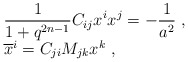
\begin{align*}\begin{array}{l}\displaystyle\frac{1}{1+q^{2n-1}}C_{ij}x^ix^j=-\frac{1}{a^2}~,\\{\overline x^i}=C_{ji}M_{jk}x^k~,\end{array}\end{align*}